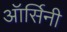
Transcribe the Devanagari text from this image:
ऑर्सिनी